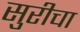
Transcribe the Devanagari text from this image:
सुरीचा